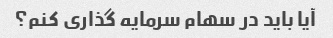
آیا باید در سهام سرمایه گذاری کنم؟